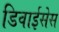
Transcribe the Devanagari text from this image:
डिवाईसेस